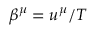
\beta ^ { \mu } = u ^ { \mu } / T